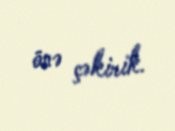
önə çəkirik.